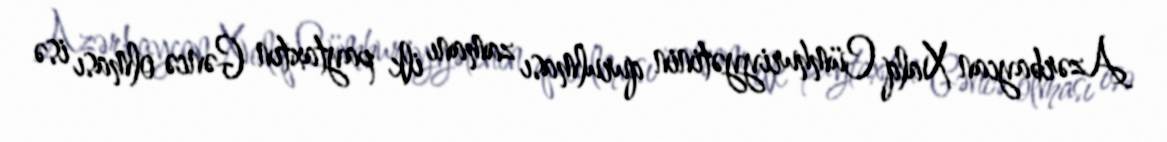
Azərbaycan Xalq Cümhuriyyətinin qurulması zamanı ilk paytaxtın Gəncə olması isə